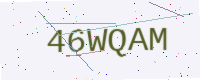
Text: 46WQAM